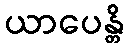
ယာပေန္တိ